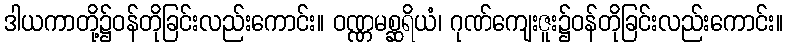
ဒါယကာတို့၌ဝန်တိုခြင်းလည်းကောင်း။ ဝဏ္ဏမစ္ဆရိယံ၊ ဂုဏ်ကျေးဇူး၌ဝန်တိုခြင်းလည်းကောင်း။